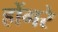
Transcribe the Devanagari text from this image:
होंगरे